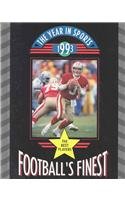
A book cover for Football's Finest 1993 (Year in Sports, 1993); Bob Italia; Teen & Young Adult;